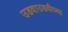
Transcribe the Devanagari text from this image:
उडवाउडवीच्या